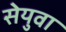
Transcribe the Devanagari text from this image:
सेयुवा